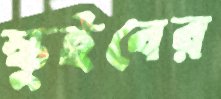
স্কুইবের